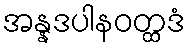
အန္နဒပါနဝတ္ထဒံ